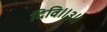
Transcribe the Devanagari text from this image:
दिवि॥३॥